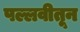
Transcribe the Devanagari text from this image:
पल्लवीतून